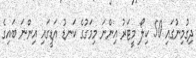
ދިގުމިނުގައި 50 ކިލޯ މީޓަރު އިންނަ މިމަގުގެ ކަނޑު އަޑީގައި އިންނަ ބައިގެ